Leaving Certificate Examination, 1903
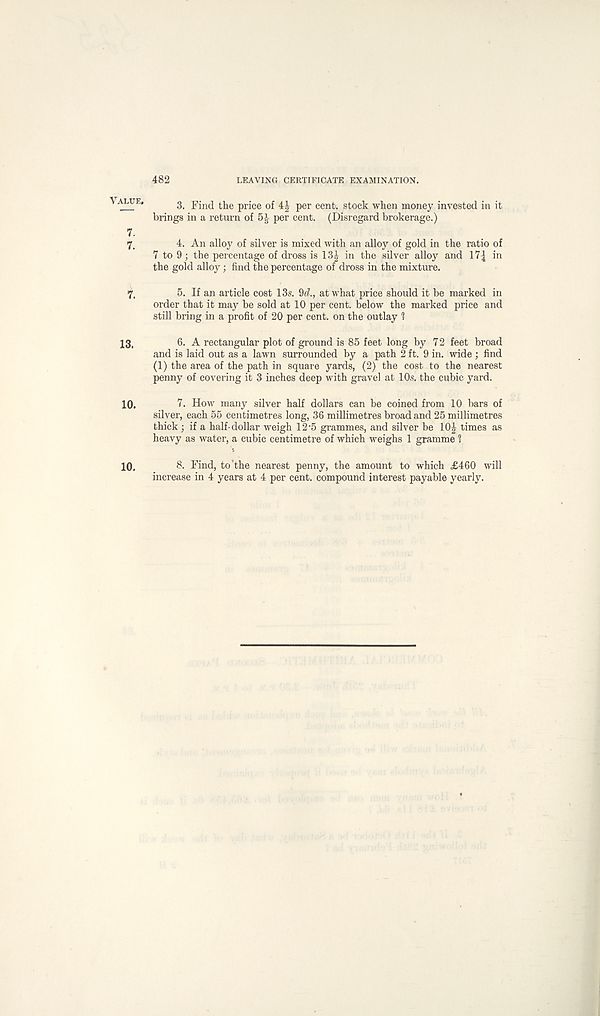
Value.
7.
7.
7.
13.
10.
482
LEAVING CERTIFICATE EXAMINATION.
3. Find the price of 4| per cent, stock when money invested in it
brings in a return of 5* per cent. (Disregard brokerage.)
4. An alloy of silver is mixed with an alloy of gold in the ratio of
7 to 9 ; the percentage of dross is 13| in the silver alloy and 17| in
the gold alloy; find the percentage of dross in the mixture.
5. If an article cost 13s. 9d., at what price should it be marked in
order that it may be sold at 10 per cent, below the marked price and
still bring in a profit of 20 per cent, on the outlay 1
6. A rectangular plot of ground is 85 feet long by 72 feet broad
and is laid out as a lawn surrounded by a path 2 ft. 9 in. wide ; find
(1) the area of the path in square yards, (2) the cost to the nearest
penny of covering it 3 inches deep with gravel at 10s. the cubic yard.
7. How many silver half dollars can be coined from 10 bars of
silver, each 55 centimetres long, 36 millimetres broad and 25 millimetres
thick ; if a half-dollar weigh 12‘5 grammes, and silver be 10J times as
heavy as water, a cubic centimetre of which weighs 1 gramme 1
8. Find, to'the nearest penny, the amount to which £460 will
increase in 4 years at 4 per cent, compound interest payable yearly.
10.